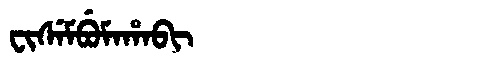
Manchu: ᠸᡳᠰᡝᠮᠪᡠᠮᠠᡥᠠᠪᡳ
Romanization: FISEMBUMAHABI